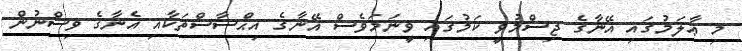
މި ޢާލަމުގައި އޭނާގެ ޖިސްމުވީ ކަމުގައި ވީނަމަވެސް އޭނާގެ އިޙްސާސްތަކާއި އެނާގެ ވިސްނުން